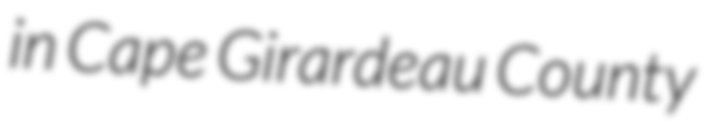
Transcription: in Cape Girardeau County